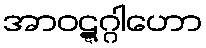
အာဝဋ္ဋဂ္ဂါဟော